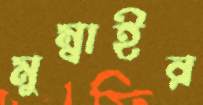
মুম্বাইর